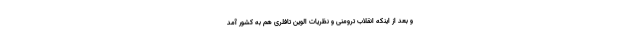
و بعد از اینکه انقلاب ترومنی و نظریات الوین تافلری هم به کشور آمد